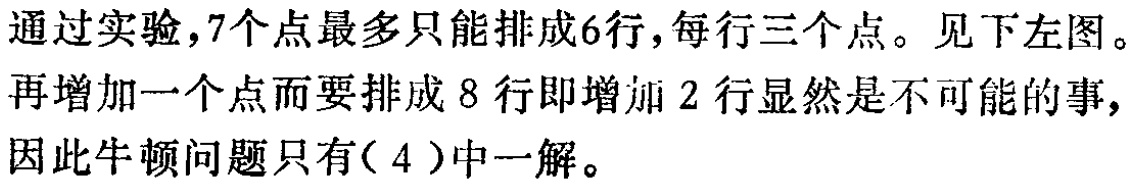
通过实验，7个点最多只能排成6行，每行三个点。见下左图。

再增加一个点而要排成8行即增加2行显然是不可能的事，

因此牛顿问题只有( 4 )中一解。